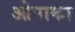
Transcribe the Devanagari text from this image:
ओपाका